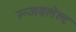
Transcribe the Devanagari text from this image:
रूजवलेल्ट